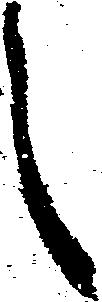
言